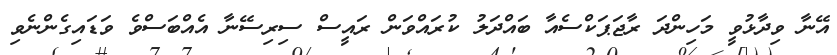
އޭނާ ވިދާޅުވީ މަހިންދަ ރާޖަޕަކްސެއާ ބައްދަލު ކުރައްވަން ރައީސް ސިރިސޭނާ އެއްބަސްވެ ވަޑައިގެންނެވި